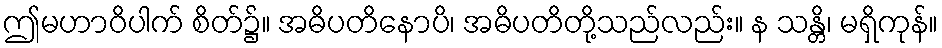
ဤမဟာဝိပါက် စိတ်၌။ အဓိပတိနောပိ၊ အဓိပတိတို့သည်လည်း။ န သန္တိ၊ မရှိကုန်။